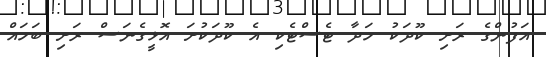
އަފުންގެ ރަށި ކޫދަކު ހަދާ ޓެސްޓެކި އެ ކޫދަކުށަ އޮޅީގެނަސް ރަށި ބަހައް